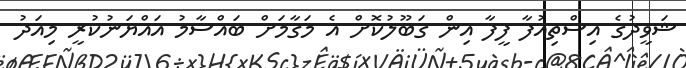
ޝަވީދުގެ އިސްތިއުފާ ފީފާ އިން ގަބޫލުކޮށް އެ މަގާމަށް ބައްސާމު އައްޔަނުކުރީ މިއަދު